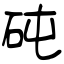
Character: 砘